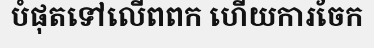
បំផុតទៅលើពពក ហើយការចែក